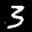
Label: 3